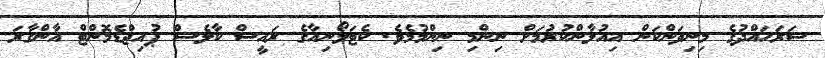
ސަރަހައްދުގެ މިނިވަންކަން އިއުލާންކުރުމަށް ނިންމި ނިންމުމެވެ. ކެޓަލޯނިއާގެ ރައީސް ކާލެސް ޕުއިޖްޑެމޮންޓް އާންގާރަ